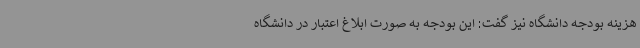
هزینه بودجه دانشگاه نیز گفت: این بودجه به صورت ابلاغ اعتبار در دانشگاه